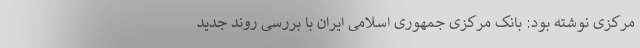
مرکزی نوشته بود: بانک مرکزی جمهوری اسلامی ایران با بررسی روند جدید